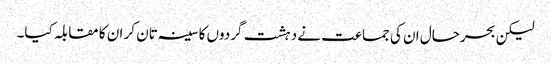
لیکن بحرحال ان کی جماعت نے دہشت گردوں کا سینہ تان کر ان کا مقابلہ کیا۔